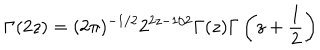
LaTeX: \Gamma ( 2 z ) = ( 2 \pi ) ^ { - 1 / 2 } 2 ^ { 2 z - 1 / 2 } \Gamma ( z ) \Gamma \left( z + \frac { 1 } { 2 } \right)